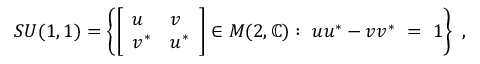
S U ( 1 , 1 ) = \left\{ { \left[ \begin{array} { l l } { u } & { v } \\ { v ^ { * } } & { u ^ { * } } \end{array} \right] } \in M ( 2 , \mathbb { C } ) : \ u u ^ { * } - v v ^ { * } \ = \ 1 \right\} ~ ,